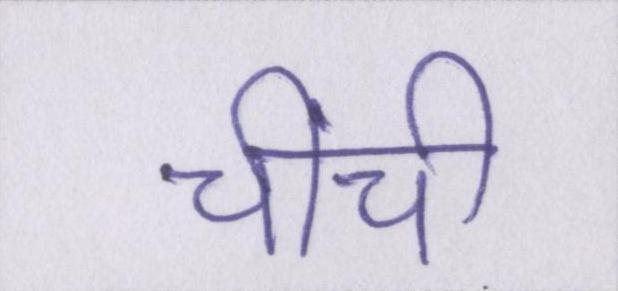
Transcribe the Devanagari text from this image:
चींची